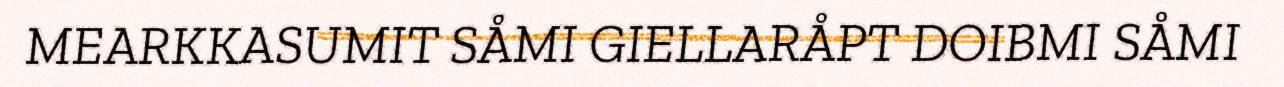
MEARKKASUMIT SÅMI GIELLARÅPT DOIBMI SÅMI